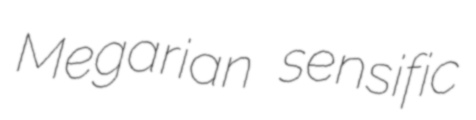
Megarian sensific